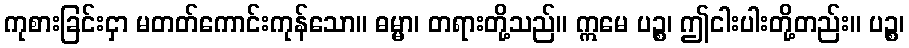
ကုစားခြင်းငှာ မတတ်ကောင်းကုန်သော။ ဓမ္မာ၊ တရားတို့သည်။ ဣမေ ပဉ္စ၊ ဤငါးပါးတို့တည်း။ ပဉ္စ၊